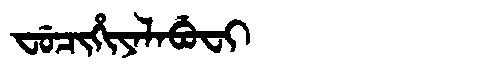
Manchu: ᠸᡠᠴᡳᡥᡳᠶᠠᠯᠠᠪᡠᠸᡳ
Romanization: FUCIHIYALABUFI